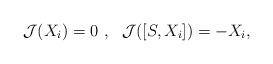
LaTeX: \begin{align*}\mathcal{J}(X_i)=0~,~~\mathcal{J}([S,X_i])=-X_i,\end{align*}